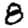
Digit: 8